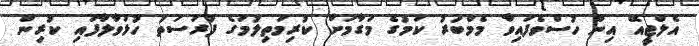
އެލްޖީއޭ އިން ހުސްވެފައިވާ މެމްބަރު ކަމުގެ މަގާމަށް ކުރިމަތިލުމުގެ ފުރުސަތު ހުޅުވާލާފައި ކުރިން